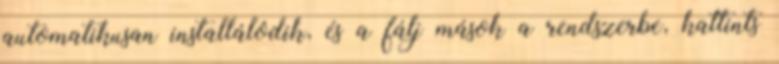
automatikusan installálódik, és a fálj mások a rendszerbe, kattints